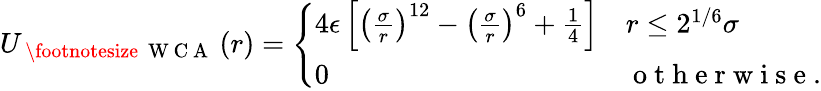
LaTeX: U_{\mathrm{~\footnotesize~{~W~C~A~}~}}(r)=\left\{ \begin{array}{ll}{4\epsilon\left[\left(\frac\sigma r\right)^{12}-\left(\frac\sigma r\right)^{6}+\frac 14\right]}&{r\leq 2^{1/6}\sigma}\\ {0}&{\mathrm{~o~t~h~e~r~w~i~s~e~}.}\end{array}\right.